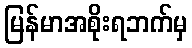
မြန်မာအစိုးရဘက်မှ